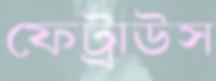
ফেট্রাউস